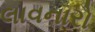
લાવનારો